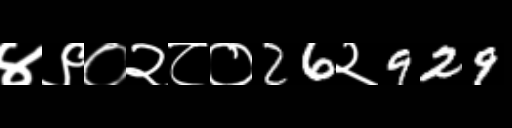
Text: ४९०२८०26२929